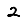
Digit: 2